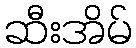
ဆီးအိမ်